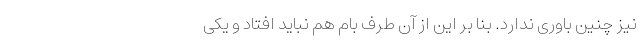
نیز چنین باوری ندارد. بنا بر این از آن طرف بام هم نباید افتاد و یکی